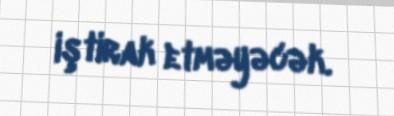
iştirak etməyəcək.